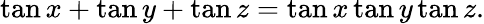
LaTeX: \tan x+\tan y+\tan z=\tan x\tan y\tan z.